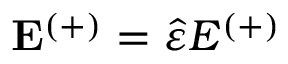
\mathbf { E ^ { ( + ) } } = \hat { \varepsilon } E ^ { ( + ) }